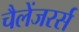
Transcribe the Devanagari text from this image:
चैलेंजरर्स